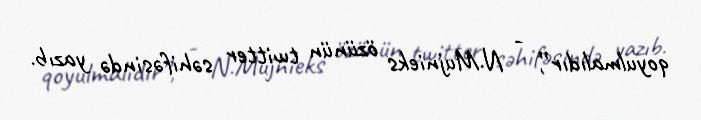
qoyulmalıdır”, - N.Mujnieks özünün twitter səhifəsində yazıb.